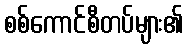
စစ်ကောင်စီတပ်များ၏